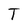
Character: T